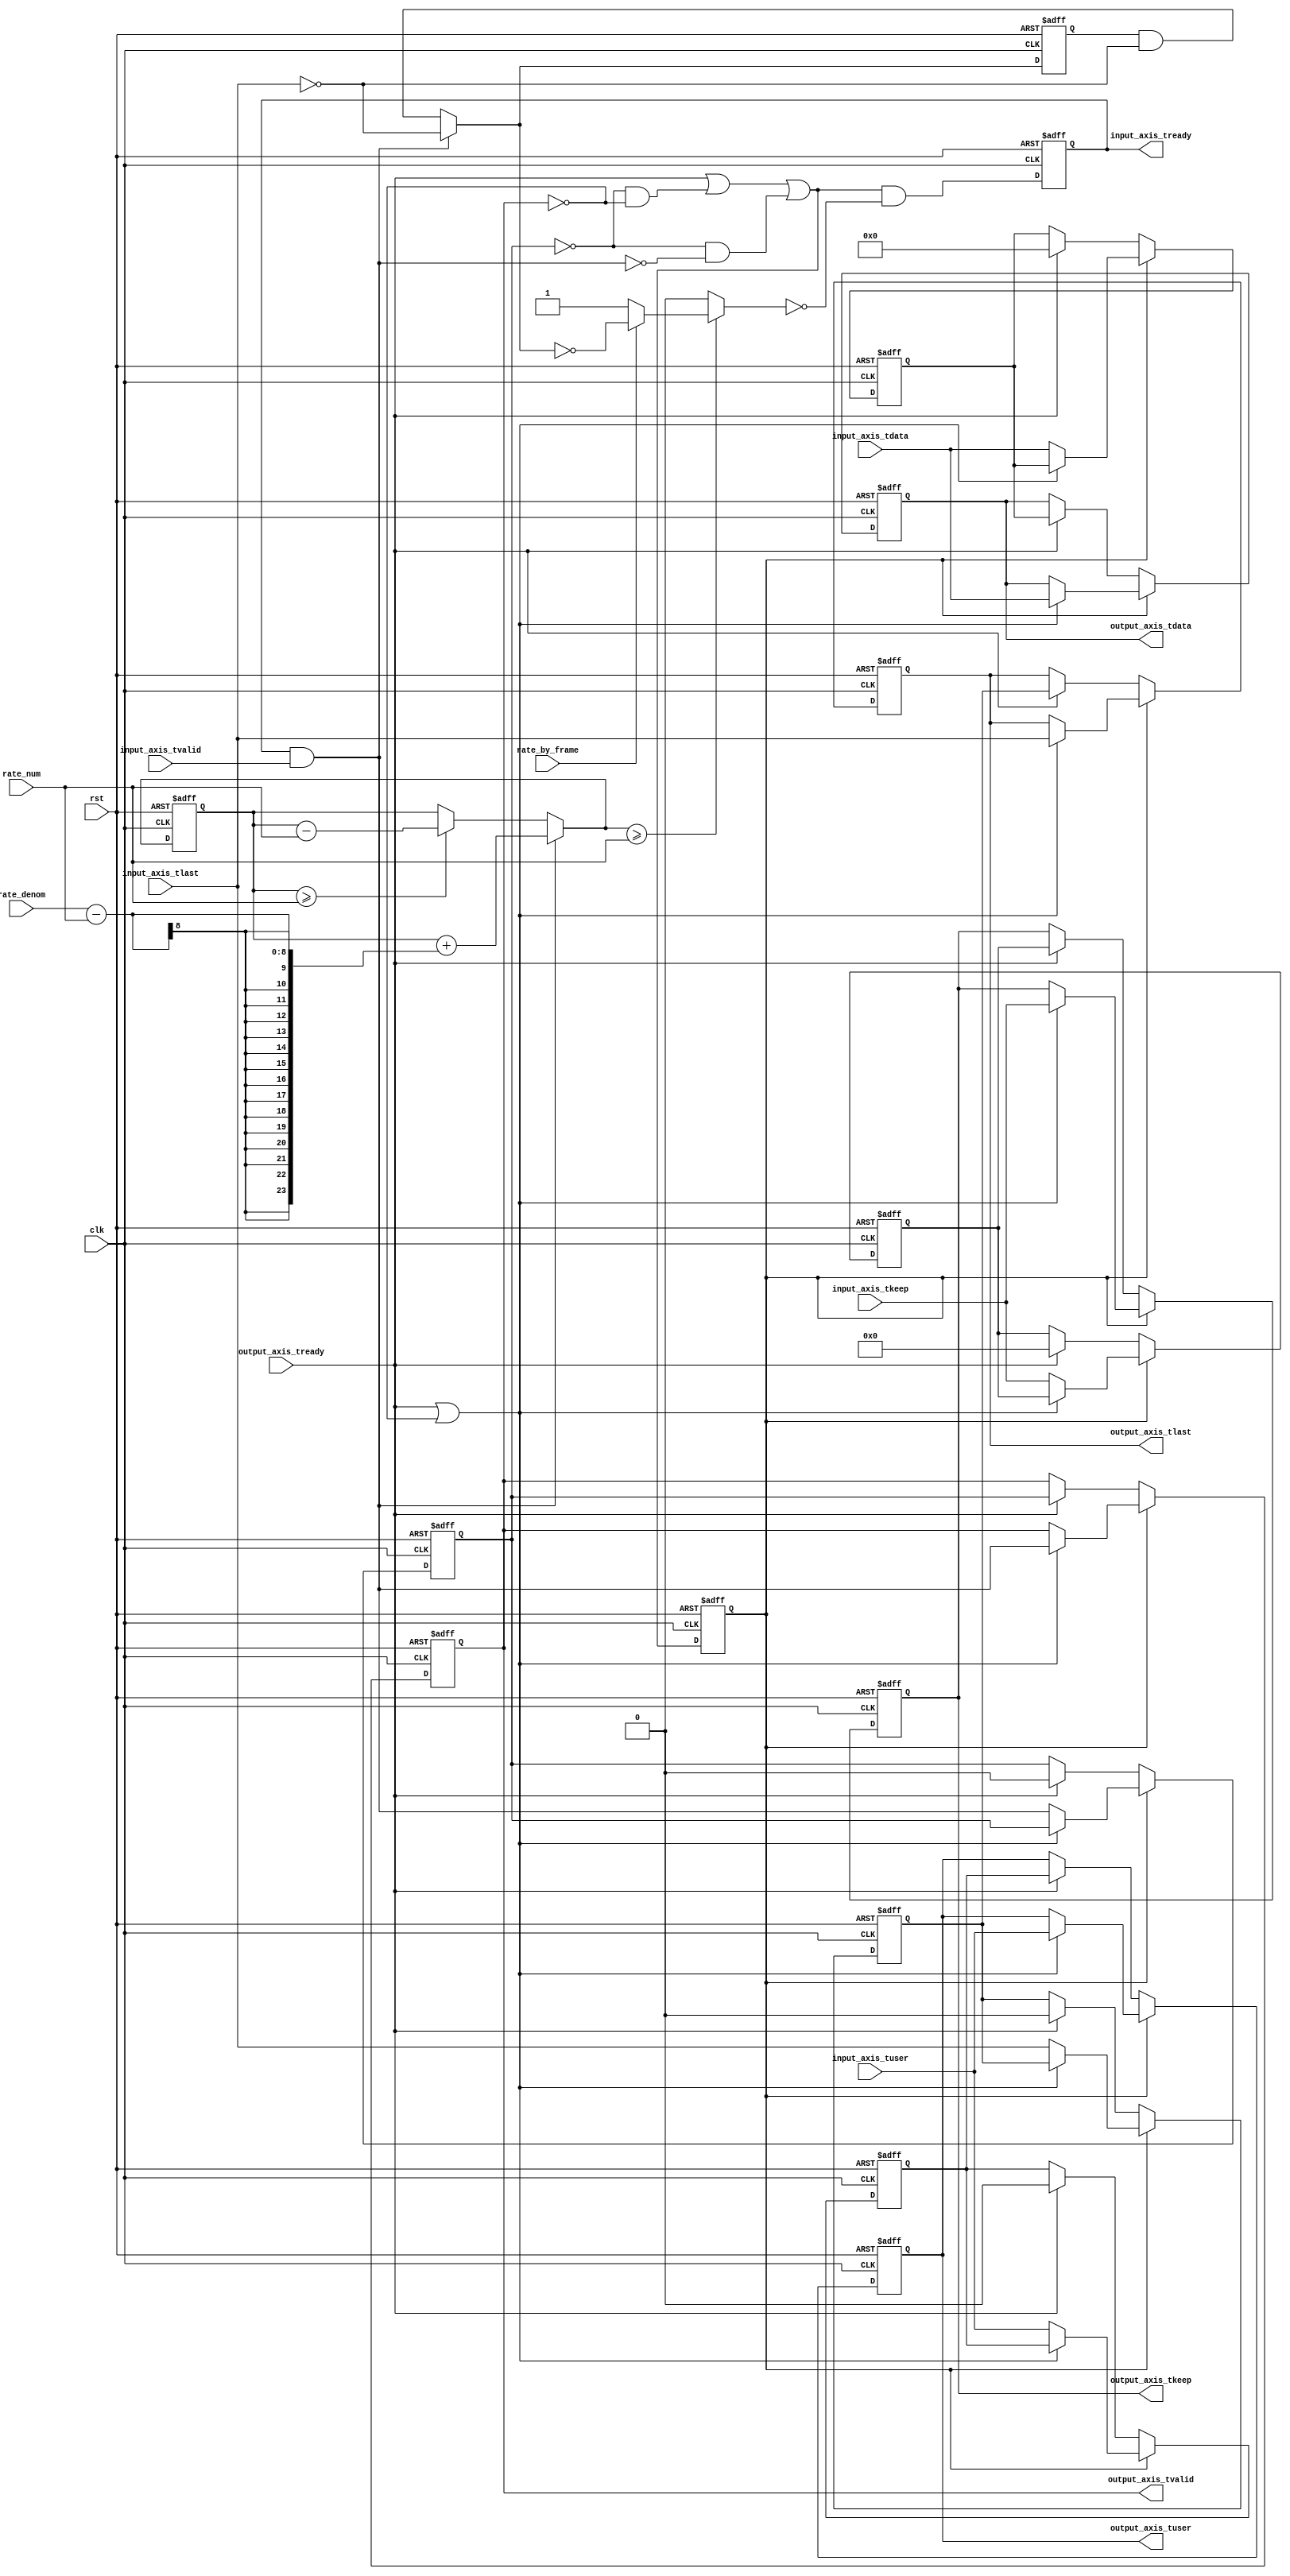
module axis_rate_limit_64 #
(
    parameter DATA_WIDTH = 64,
    parameter KEEP_WIDTH = (DATA_WIDTH/8)
)
(
    input  wire                   clk,
    input  wire                   rst,
    /*
     */
    input  wire [DATA_WIDTH-1:0]  input_axis_tdata,
    input  wire [KEEP_WIDTH-1:0]  input_axis_tkeep,
    input  wire                   input_axis_tvalid,
    output wire                   input_axis_tready,
    input  wire                   input_axis_tlast,
    input  wire                   input_axis_tuser,
    /*
     */
    output wire [DATA_WIDTH-1:0]  output_axis_tdata,
    output wire [KEEP_WIDTH-1:0]  output_axis_tkeep,
    output wire                   output_axis_tvalid,
    input  wire                   output_axis_tready,
    output wire                   output_axis_tlast,
    output wire                   output_axis_tuser,
    /*
     */
    input  wire [7:0]             rate_num,
    input  wire [7:0]             rate_denom,
    input  wire                   rate_by_frame
);
// internal datapath
reg [DATA_WIDTH-1:0] output_axis_tdata_int;
reg [KEEP_WIDTH-1:0] output_axis_tkeep_int;
reg                  output_axis_tvalid_int;
reg                  output_axis_tready_int = 0;
reg                  output_axis_tlast_int;
reg                  output_axis_tuser_int;
wire                 output_axis_tready_int_early;
reg [23:0] acc_reg = 0, acc_next;
reg pause;
reg frame_reg = 0, frame_next;
reg input_axis_tready_reg = 0, input_axis_tready_next;
assign input_axis_tready = input_axis_tready_reg;
always @* begin
    acc_next = acc_reg;
    pause = 0;
    frame_next = frame_reg & ~input_axis_tlast;
    if (acc_reg >= rate_num) begin
        acc_next = acc_reg - rate_num;
    end
    if (input_axis_tready & input_axis_tvalid) begin
        // read input
        frame_next = ~input_axis_tlast;
        acc_next = acc_reg + (rate_denom - rate_num);
    end
    if (acc_next >= rate_num) begin
        if (rate_by_frame) begin
            pause = ~frame_next;
        end else begin
            pause = 1;
        end
    end
    input_axis_tready_next = output_axis_tready_int_early & ~pause;
    output_axis_tdata_int = input_axis_tdata;
    output_axis_tkeep_int = input_axis_tkeep;
    output_axis_tvalid_int = input_axis_tvalid & input_axis_tready;
    output_axis_tlast_int = input_axis_tlast;
    output_axis_tuser_int = input_axis_tuser;
end
always @(posedge clk or posedge rst) begin
    if (rst) begin
        acc_reg <= 0;
        frame_reg <= 0;
        input_axis_tready_reg <= 0;
    end else begin
        acc_reg <= acc_next;
        frame_reg <= frame_next;
        input_axis_tready_reg <= input_axis_tready_next;
    end
end
// output datapath logic
reg [DATA_WIDTH-1:0] output_axis_tdata_reg = 0;
reg [KEEP_WIDTH-1:0] output_axis_tkeep_reg = 0;
reg                  output_axis_tvalid_reg = 0;
reg                  output_axis_tlast_reg = 0;
reg                  output_axis_tuser_reg = 0;
reg [DATA_WIDTH-1:0] temp_axis_tdata_reg = 0;
reg [KEEP_WIDTH-1:0] temp_axis_tkeep_reg = 0;
reg                  temp_axis_tvalid_reg = 0;
reg                  temp_axis_tlast_reg = 0;
reg                  temp_axis_tuser_reg = 0;
assign output_axis_tdata = output_axis_tdata_reg;
assign output_axis_tkeep = output_axis_tkeep_reg;
assign output_axis_tvalid = output_axis_tvalid_reg;
assign output_axis_tlast = output_axis_tlast_reg;
assign output_axis_tuser = output_axis_tuser_reg;
// enable ready input next cycle if output is ready or if there is space in both output registers or if there is space in the temp register that will not be filled next cycle
assign output_axis_tready_int_early = output_axis_tready | (~temp_axis_tvalid_reg & ~output_axis_tvalid_reg) | (~temp_axis_tvalid_reg & ~output_axis_tvalid_int);
always @(posedge clk or posedge rst) begin
    if (rst) begin
        output_axis_tdata_reg <= 0;
        output_axis_tkeep_reg <= 0;
        output_axis_tvalid_reg <= 0;
        output_axis_tlast_reg <= 0;
        output_axis_tuser_reg <= 0;
        output_axis_tready_int <= 0;
        temp_axis_tdata_reg <= 0;
        temp_axis_tkeep_reg <= 0;
        temp_axis_tvalid_reg <= 0;
        temp_axis_tlast_reg <= 0;
        temp_axis_tuser_reg <= 0;
    end else begin
        // transfer sink ready state to source
        output_axis_tready_int <= output_axis_tready_int_early;
        if (output_axis_tready_int) begin
            // input is ready
            if (output_axis_tready | ~output_axis_tvalid_reg) begin
                // output is ready or currently not valid, transfer data to output
                output_axis_tdata_reg <= output_axis_tdata_int;
                output_axis_tkeep_reg <= output_axis_tkeep_int;
                output_axis_tvalid_reg <= output_axis_tvalid_int;
                output_axis_tlast_reg <= output_axis_tlast_int;
                output_axis_tuser_reg <= output_axis_tuser_int;
            end else begin
                // output is not ready, store input in temp
                temp_axis_tdata_reg <= output_axis_tdata_int;
                temp_axis_tkeep_reg <= output_axis_tkeep_int;
                temp_axis_tvalid_reg <= output_axis_tvalid_int;
                temp_axis_tlast_reg <= output_axis_tlast_int;
                temp_axis_tuser_reg <= output_axis_tuser_int;
            end
        end else if (output_axis_tready) begin
            // input is not ready, but output is ready
            output_axis_tdata_reg <= temp_axis_tdata_reg;
            output_axis_tkeep_reg <= temp_axis_tkeep_reg;
            output_axis_tvalid_reg <= temp_axis_tvalid_reg;
            output_axis_tlast_reg <= temp_axis_tlast_reg;
            output_axis_tuser_reg <= temp_axis_tuser_reg;
            temp_axis_tdata_reg <= 0;
            temp_axis_tkeep_reg <= 0;
            temp_axis_tvalid_reg <= 0;
            temp_axis_tlast_reg <= 0;
            temp_axis_tuser_reg <= 0;
        end
    end
end
endmodule